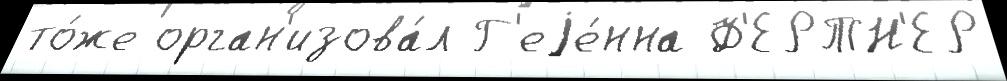
то́же орган'изова́л Г'еjе́нна Ф'ЕРТН'ЕР